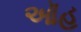
ઑહ